On kala azar, malaria and malarial cachexia - Number 19
Disease focus: Malaria
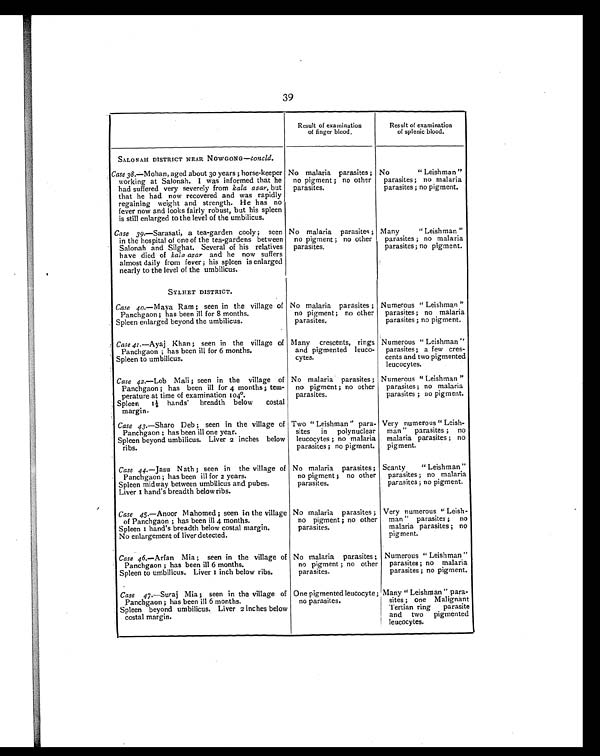
39
Result of examination
of finger blood,
Result of examination
of splenic blood.
SALONAH DISTRICT NEAR NOWGONG—concld.
No malaria parasites ;
no pigment ; no other
parasites.
No " Leishman "
parasites ; no malaria
parasites ; no pigment.
Case 38.—Mohan, aged about 30 years ; horse-keeper
working at Salonah. I was informed that he
had suffered very severely from kala azar, but
that he had now recovered and was rapidly
regaining weight and strength. He has no
fever now and looks fairly robust, but his spleen
is still enlarged to the level of the umbilicus.
Case 39.—Sarasati, a tea-garden cooly ; seen
in the hospital of one of the tea-gardens between
Salonah and Silghat. Several of his relatives
have died of kala azar and he now suffers
almost daily from fever ; his spleen is enlarged
nearly to the level of the umbilicus.
No malaria parasites ;
no pigment ; no other
parasites.
Many " Leishman "
parasites ; no malaria
parasites ; no pigment.
SYLHET DISTRICT.
No malaria parasites ;
no pigment ; no other
parasites.
Numerous " Leishman "
parasites ; no malaria
parasites ; no pigment.
Case 40.—Maya Ram ; seen in the village of
Panchgaon ; has been ill for 8 months.
Spleen enlarged beyond the umbilicus.
Case 41.—Ayaj Khan ; seen in the village of
Panchgaon ; has been ill for 6 months,
Spleen to umbilicus.
Many crescents, rings
and pigmented leuco-
cytes.
Numerous " Leishman "
parasites ; a few cres-
cents and two pigmented
leucocytes.
Case 42.—Lob Mali ; seen in the village of
Panchgaon ; has been ill for 4 months ; tem-
perature at time of examination 104°.
Spleen 1½
hands'
breadth below costal
margin.
No malaria parasites ;
no pigment ; no other
parasites.
Numerous " Leishman "
parasites ; no malaria
parasites ; no pigment.
Case 43.—Sharo Deb ; seen in the village of
Panchgaon ; has been ill one year.
Spleen beyond umbilicus. Liver 2 inches below
ribs.
Two " Leishman " para-
sites in polynuclear
leucocytes ; no malaria
parasites ; no pigment.
Very numerous " Leish-
man " parasites ; no
malaria parasites ; no
pigment.
Case 44.—Jasu N ath ; seen in the village of
Panchgaon ; has been ill for 2 years.
Spleen midway between umbilicus and pubes.
Liver 1 hand's breadth below ribs.
No malaria parasites ;
no pigment ; no other
parasites.
Scanty " Leishman "
parasites ; no malaria
parasites ; no pigment.
Case 45.—Anoor Mahomed ; seen in the village
of Panchgaon ; has been ill 4 months.
Spleen 1 hand's breadth below costal margin.
No enlargement of liver detected.
No malaria parasites ;
no pigment ; no other
parasites.
Very numerous " Leish-
man " parasites ; no
malaria parasites ; no
pigment.
Case 46.—Arfan Mia ; seen in the village of
Panchgaon ; has been ill 6 months.
Spleen to umbilicus. Liver 1 inch below ribs.
No malaria parasites ;
no pigment ; no other
parasites.
Numerous " Leishman "
parasites ; no malaria
parasites ; no pigment.
Case 47.—Suraj Mia ; seen in the village of
Panchgaon ; has been ill 6 months.
Spleen beyond umbilicus. Liver 2 inches below
costal margin.
One pigmented leucocyte;
no parasites.
Many " Leishman " para-
sites ; one Malignant
Tertian ring parasite
and two pigmented
leucocytes.